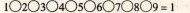
○2○3〇4〇5○6〇7○8○9=1